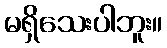
မရှိသေးပါဘူး။